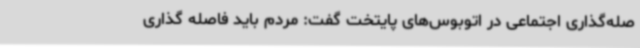
صله‌گذاری اجتماعی در اتوبوس‌های پایتخت گفت: مردم باید فاصله گذاری